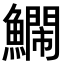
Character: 𮬔